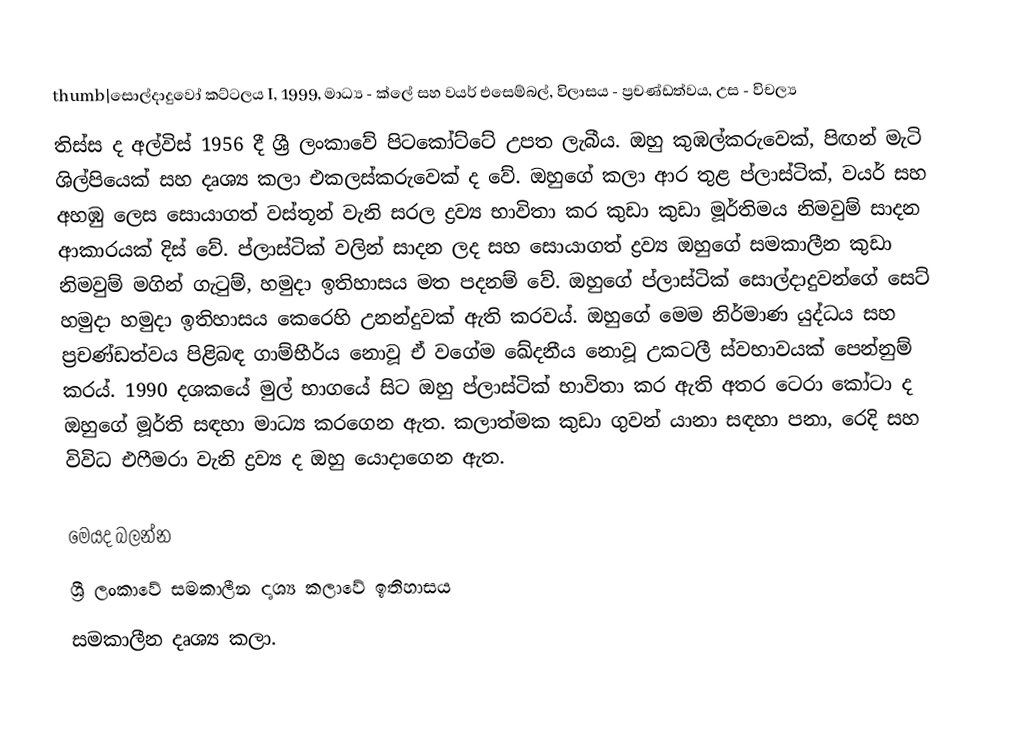
thumb|සොල්දාදුවෝ කට්ටලය I, 1999, මාධ්‍ය - ක්ලේ සහ වයර් එසෙම්බල්, විලාසය  - ප්‍රචණ්ඩත්වය, උස - විචල්‍ය
තිස්ස ද අල්විස් 1956 දී ශ්‍රී ලංකාවේ පිටකෝට්ටේ   උපත ලැබීය.  ඔහු කුඹල්කරුවෙක්, පිඟන් මැටි ශිල්පියෙක් සහ දෘශ්‍ය කලා එකලස්කරුවෙක් ද වේ.  ඔහුගේ කලා ආර තුළ  ප්ලාස්ටික්, වයර් සහ අහඹු ලෙස සොයාගත් වස්තූන් වැනි සරල ද්‍රව්‍ය භාවිතා කර  කුඩා කුඩා මූර්තිමය නිමවුම් සාදන ආකාරයක් දිස් වේ. ප්ලාස්ටික් වලින් සාදන ලද සහ සොයාගත් ද්‍රව්‍ය ඔහුගේ සමකාලීන කුඩා නිමවුම් මගින්  ගැටුම්,  හමුදා ඉතිහාසය මත පදනම් වේ.  ඔහුගේ ප්ලාස්ටික් සොල්දාදුවන්ගේ සෙට් හමුදා හමුදා ඉතිහාසය කෙරෙහි උනන්දුවක් ඇති කරවය්. ඔහුගේ මෙම නිර්මාණ  යුද්ධය සහ ප්‍රචණ්ඩත්වය පිළිබඳ ගාම්භීර්ය නොවූ ඒ වගේම ඛේදනීය නොවූ උකටලී ස්වභාවයක් පෙන්නුම් කරය්.   1990 දශකයේ මුල් භාගයේ සිට ඔහු ප්ලාස්ටික් භාවිතා කර ඇති අතර ටෙරා කෝටා ද ඔහුගේ මූර්ති සඳහා මාධ්‍ය කරගෙන ඇත. කලාත්මක කුඩා ගුවන් යානා සඳහා පනා, රෙදි සහ විවිධ එෆීමරා වැනි ද්‍රව්‍ය ද ඔහු යොදාගෙන ඇත.

මෙයද බලන්න
ශ්‍රී ලංකාවේ සමකාලීන දෘශ්‍ය කලාවේ ඉතිහාසය
සමකාලීන දෘශ්‍ය කලා.